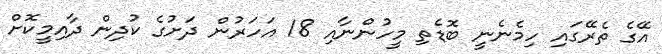
އޭގެ ތެރޭގައި ހިމެނެނީ ބޮޑެތި މީހުންނާއި 18 އަހަރުން ދަށުގެ ކުދިން ދާއިމީކޮށް